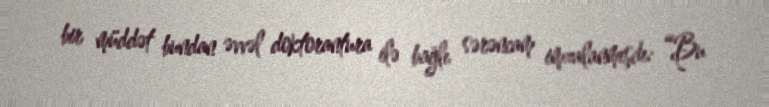
bir müddət bundan əvvəl doktorantura ilə bağlı sərəncam imzalanmışdı: “Bu